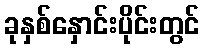
ခုနှစ်နှောင်းပိုင်းတွင်